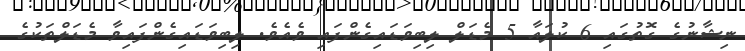
ނިޝާނުގެ ގޮތުގައި 6 ކުލައާ 5 މެޑަލް ލިބިވަޑައިގެންފައި ވެއެވެ. ލިބިވަޑައިގެންފައިވާ މެޑަލްތަކުގެ